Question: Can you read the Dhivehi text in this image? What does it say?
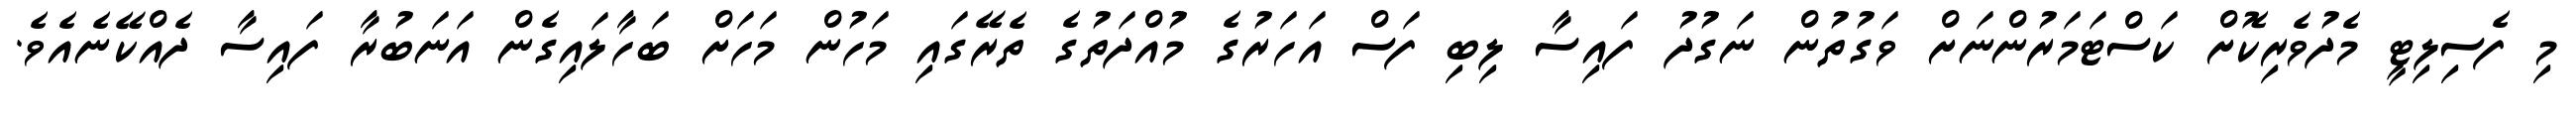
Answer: މި ފެސިލިޓީ މެދުވެރިކޮށް ކަސްޓަމަރުންނަށް ވަގުތުން ނަގުދު ފައިސާ ލިބި ފަސް އަހަރުގެ މުއްދަތުގެ ތެރޭގައި މަހުން މަހަށް ބަހާލައިގެން އަނަބުރާ ފައިސާ ދެއްކޭނެއެވެ.